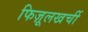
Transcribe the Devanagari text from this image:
फिज़ूलखर्ची